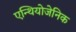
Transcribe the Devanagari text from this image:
एन्थियोजेनिक